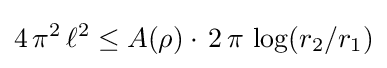
4\,\pi ^{2}\,\ell ^{2}\leq A(\rho )\cdot \,2\,\pi \,\log(r_{2}/r_{1})